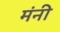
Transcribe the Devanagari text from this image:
मंनी